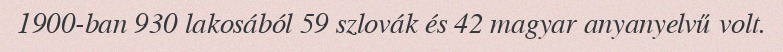
1900-ban 930 lakosából 59 szlovák és 42 magyar anyanyelvű volt.